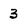
Character: 3